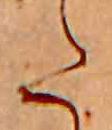
た